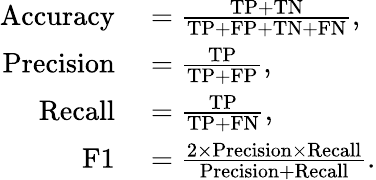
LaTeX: \begin{array}{rl}{\mathrm{Accuracy}}&{{}=\frac{\mathrm{TP}+\mathrm{TN}}{\mathrm{TP}+\mathrm{FP}+\mathrm{TN}+\mathrm{FN}},}\\ {\mathrm{Precision}}&{{}=\frac{\mathrm{TP}}{\mathrm{TP}+\mathrm{FP}},}\\ {\mathrm{Recall}}&{{}=\frac{\mathrm{TP}}{\mathrm{TP}+\mathrm{FN}},}\\ {\mathrm{F1}}&{{}=\frac{2\times\mathrm{Precision}\times\mathrm{Recall}}{\mathrm{Precision}+\mathrm{Recall}}.}\end{array}